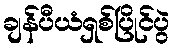
ချန်ပီယံရှစ်ပြိုင်ပွဲ